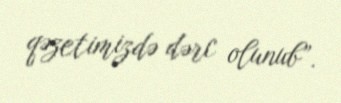
qəzetimizdə dərc olunub”.